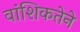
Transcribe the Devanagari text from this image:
वांशिकतेने